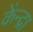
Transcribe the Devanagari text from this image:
केंन्द्रा